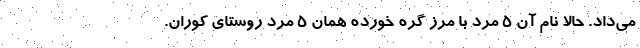
می‌داد. حالا نام آن ٥ مرد با مرز گره خورده همان ٥ مرد روستای کوران.